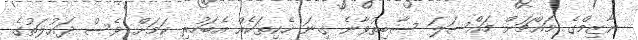
ނާޒިމްގެ މައްޗަށް މައްސަލަ ސާބިތުވާނެ ގިނަ ހެކިތަކެއް އެބަހުރި ކަމަށް ވެސް ދައުލަތުގެ